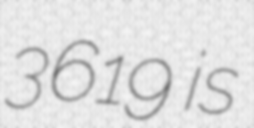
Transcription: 3619 is